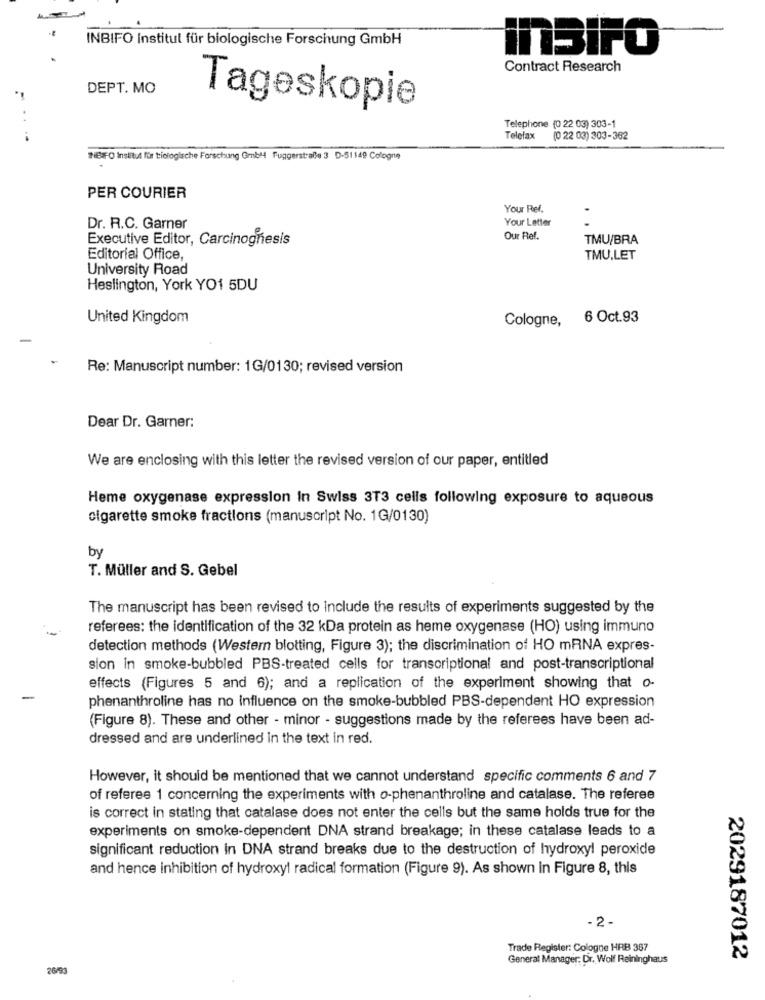
INBIFO Institut für biologische Forschung GmbH
InSIPO
Contract Research
DEPT. MO
Tageskopie
Telephone (0 22 03) 303-1
Telefax
(0 22 03) 303-362
NEF 0 institut für biologlache Forschung Gmb44 Fuggerstralle 3 D-51149 Cologne
PER COURIER
Your Ref.
Your Letter
Dr. R.C. Garner
Executive Editor, Carcinognesis
Our Ref.
TMU/BRA
Editorial Office,
TMU,LET
University Road
Heslington, York YO1 5DU
United Kingdom
Cologne, 6 Oct.93
Re: Manuscript number: 1G/0130; revised version
Dear Dr. Garner:
We are enclosing with this letter the revised version of our paper, entitled
Heme oxygenase expression In Swiss 3T3 cells following exposure to aqueous
cigarette smoke fractions (manuscript No. 1G/0130)
by
T. Müller and S. Gebel
The manuscript has been revised to Include the results of experiments suggested by the
referees: the identification of the 32 kDa protein as heme oxygenase (HO) using immuno
detection methods (Western blotting, Figure 3); the discrimination of HO mRNA expres-
sion in smoke-bubbled PBS-treated cells for transcriptional and post-transcriptional
effects (Figures 5 and 6); and a replication of the experiment showing that o-
phenanthroline has no influence on the smoke-bubbled PBS-dependent HO expression
(Figure 8). These and other - minor - suggestions made by the referees have been ad-
dressed and are underlined in the text in red.
However, it should be mentioned that we cannot understand specific comments 6 and 7
of referee 1 concerning the experiments with o-phenanthroline and catalase. The referee
is correct in stating that catalase does not enter the cells but the same holds true for the
experiments on smoke-dependent DNA strand breakage; in these catalase leads to a
significant reduction in DNA strand breaks due to the destruction of hydroxyl peroxide
and hence inhibition of hydroxyl radical formation (Figure 9). As shown in Figure 8, this
-2-
Trade Register: Cologne HRB 387
General Manager: Dr. Wolf Reininghaus
2029187012
26/03